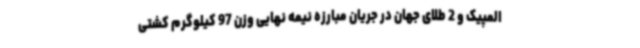
المپیک و 2 طلای جهان در جریان مبارزه نیمه نهایی وزن 97 کیلوگرم کشتی